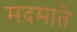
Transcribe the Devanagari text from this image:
मदमाते